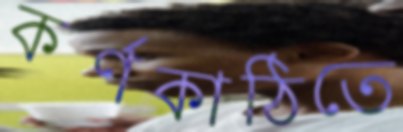
কর্ণকাঠিতে